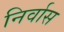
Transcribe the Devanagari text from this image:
निर्वास